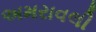
અમરાવલી